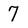
Character: 7